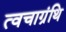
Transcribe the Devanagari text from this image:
त्वचाग्रंथि